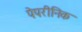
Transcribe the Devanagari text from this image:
पेपरीनिक